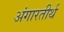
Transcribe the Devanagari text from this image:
अंगारतीर्थ